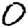
Digit: 0